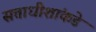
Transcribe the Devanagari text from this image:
सत्ताधीशांकडे